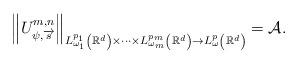
LaTeX: \begin{align*}\left\|U^{m,n}_{\psi,\overrightarrow{s}}\right\|_{L^{p_1}_{\omega_1}\left(\mathbb R^d\right)\times\cdots\times L^{p_m}_{\omega_m}\left(\mathbb R^d\right)\to L^{p}_{\omega}\left(\mathbb R^d\right)}={\mathcal A}.\end{align*}